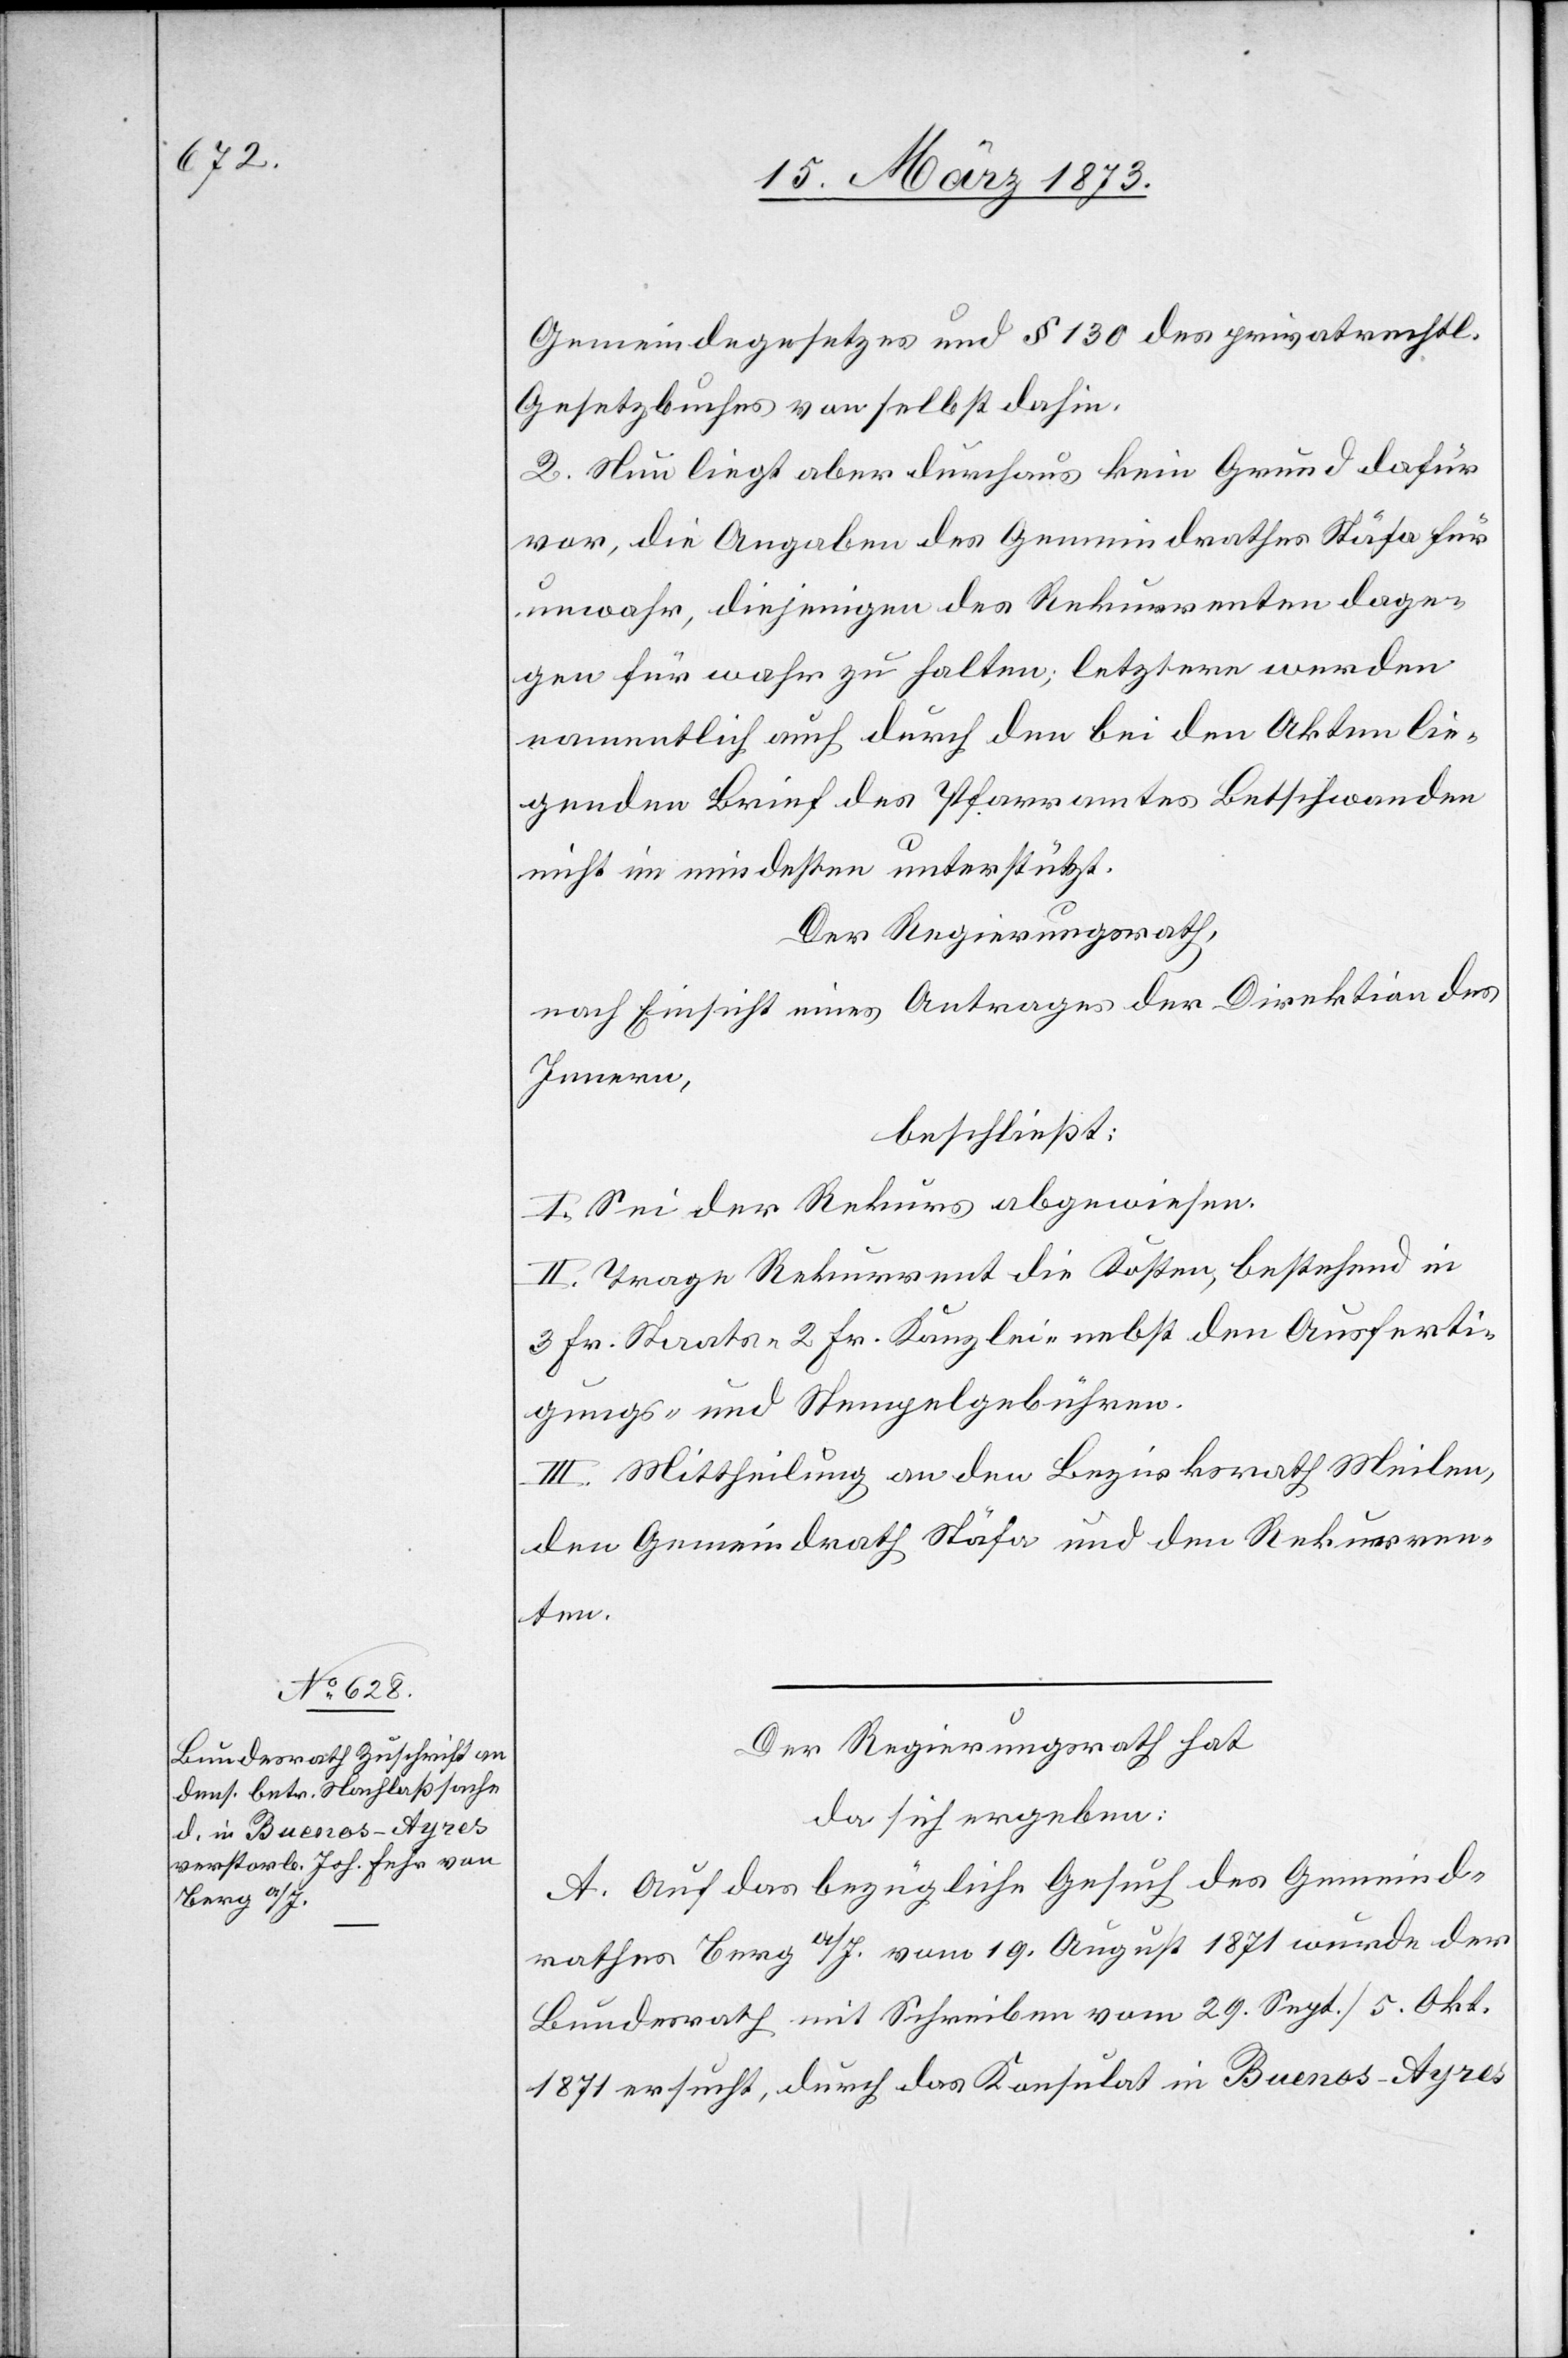
Gemeindegesetzes und § 130 des privatrechtl.
Gesetzbuches von selbst dahin.
2. Nun liegt aber durchaus kein Grund dafür
vor, die Angaben des Gemeindrathes Stäfa für
unwahr, diejenigen des Rekurrenten dage¬
gen für wahr zu halten; letztere werden
namentlich auch durch den bei den Akten lie¬
genden Bericht des Pfarramtes Betschwanden
nicht im mindesten unterstützt.
Der Regierungsrath,
nach Einsicht eines Antrages der Direktion des
Innern,
beschließt:
I. Sei der Rekurs abgewiesen.
II. Trage Rekurrent die Kosten, bestehend in
3 Fr. Staats-[,] 2 Fr. Kanzlei- nebst den Ausferti¬
gungs- und Stempelgebühren.
III. Mittheilung an den Bezirksrath Meilen,
den Gemeindrath Stäfa und den Rekurren¬
ten.
Der Regierungsrath hat
da sich ergeben:
A. Auf das bezügliche Gesuch des Gemeind¬
rathes Berg. a/I. vom 19. August 1871 wurde der
Bundesrath mit Schreiben vom 29. Sept./5. Okt.
1871 ersucht, durch das Konsulat in Buenos-Ayres